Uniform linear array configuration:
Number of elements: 8
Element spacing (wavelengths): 1
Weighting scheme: exponential
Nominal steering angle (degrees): -15
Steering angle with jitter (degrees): -16.594
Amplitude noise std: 0.05
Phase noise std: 0.05

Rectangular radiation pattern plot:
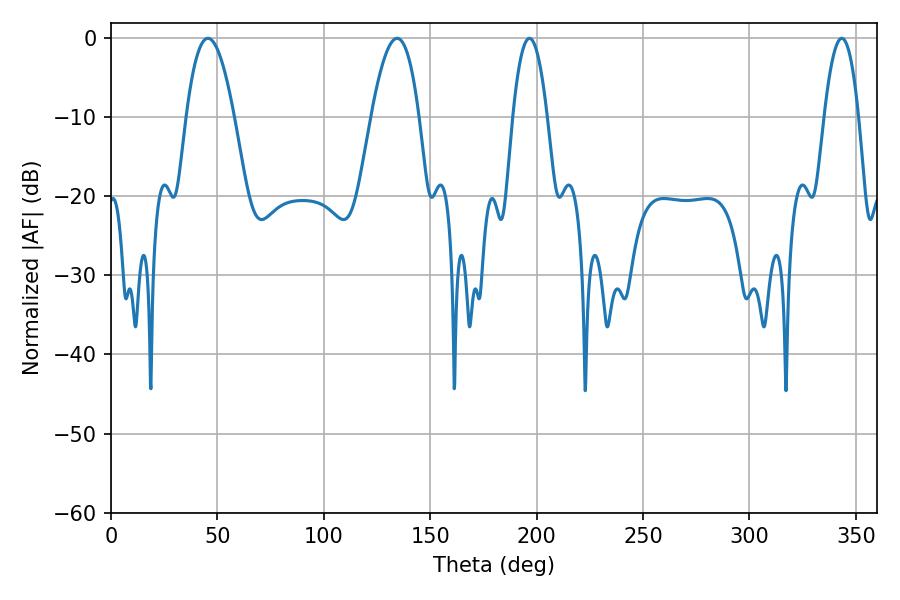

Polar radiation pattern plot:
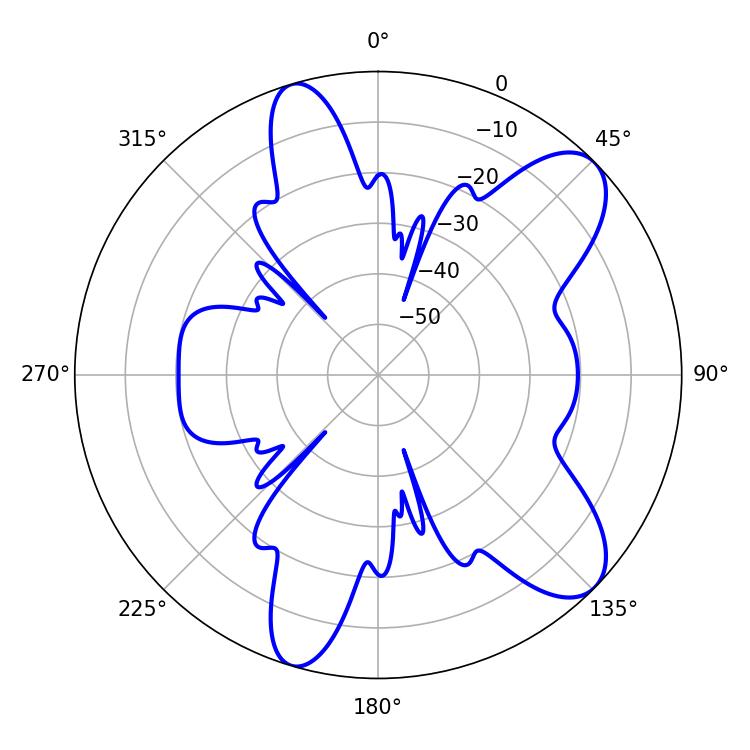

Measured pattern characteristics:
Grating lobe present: TRUE
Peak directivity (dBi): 9.27
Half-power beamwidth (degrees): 12.24
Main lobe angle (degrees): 45.54